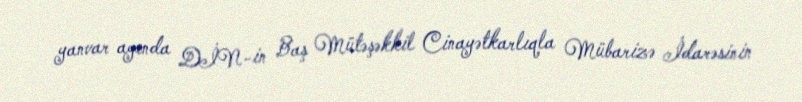
yanvar ayında DİN-in Baş Mütəşəkkil Cinayətkarlıqla Mübarizə İdarəsinin